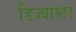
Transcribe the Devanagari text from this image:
डिज्यास्टर